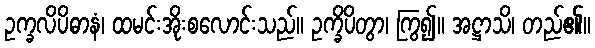
ဥက္ခလိပိဓာနံ၊ ထမင်းအိုးစလောင်းသည်။ ဥက္ခိပိတွာ၊ ကြွ၍။ အဋ္ဌာသိ၊ တည်၏။